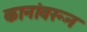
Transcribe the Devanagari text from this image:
कानांवरून